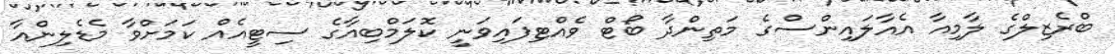
ބްރެޒިލްގެ ލާމިއާ އެއާލައިންސްގެ މަތިންދާ ބޯޓް ވެއްޓިފައިވަނީ ކޮލަމްބިއާގެ ސިޓީއެއް ކަމަށްވާ މެޑެލިންއާ